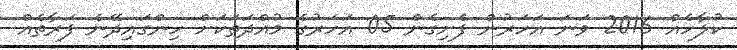
ކުލާހެއް 2016 ވަނަ އަހަރުން ފެށިގެން 05 އަހަރުގެ މުއްދަތަކަށް ހިންގައިދޭނެ ފަރާތެއް